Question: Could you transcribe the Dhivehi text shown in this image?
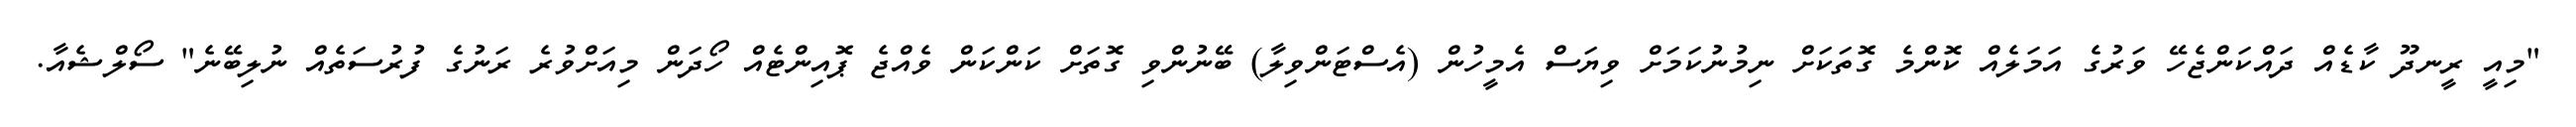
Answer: "މިއީ ރީނދޫ ކާޑެއް ދައްކަންޖެހޭ ވަރުގެ އަމަލެއް ކޮންމެ ގޮތަކަށް ނިމުނުކަމަށް ވިޔަސް އެމީހުން (އެސްޓަންވިލާ) ބޭނުންވި ގޮތަށް ކަންކަން ވެއްޖެ ޕޮއިންޓެއް ހޯދަން މިއަށްވުރެ ރަނުގެ ފުރުސަތެއް ނުލިބޭނެ" ސޯލްޝެއާ.